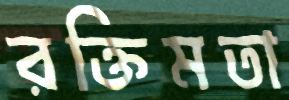
রক্তিমতা